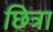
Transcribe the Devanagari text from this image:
छित्रा